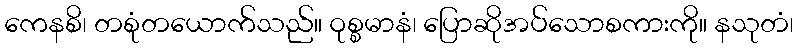
ကေနစိ၊ တစုံတယောက်သည်။ ဝုစ္စမာနံ၊ ပြောဆိုအပ်သောစကားကို။ နသုတံ၊